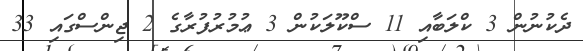
ދެކުނުން 3 ކްލަބާއި 11 ސްކޫލަކުން 3 ޢުމުރުފުރާގެ 2 ޖިންސްގައި 33